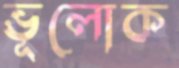
ভূলোক